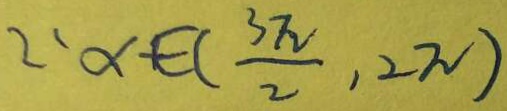
2 , \alpha \in ( \frac { 3 \pi } { 2 } , 2 \pi )